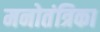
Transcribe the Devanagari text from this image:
मनोतंत्रिका